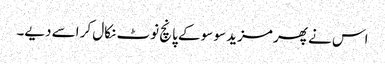
اس نے پھر مزید سو سو کے پانچ نوٹ نکال کر اسے دیے۔